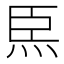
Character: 𤇸